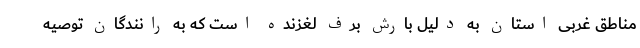
مناطق غربی استان به دلیل بارش برف لغزنده است که به رانندگان توصیه